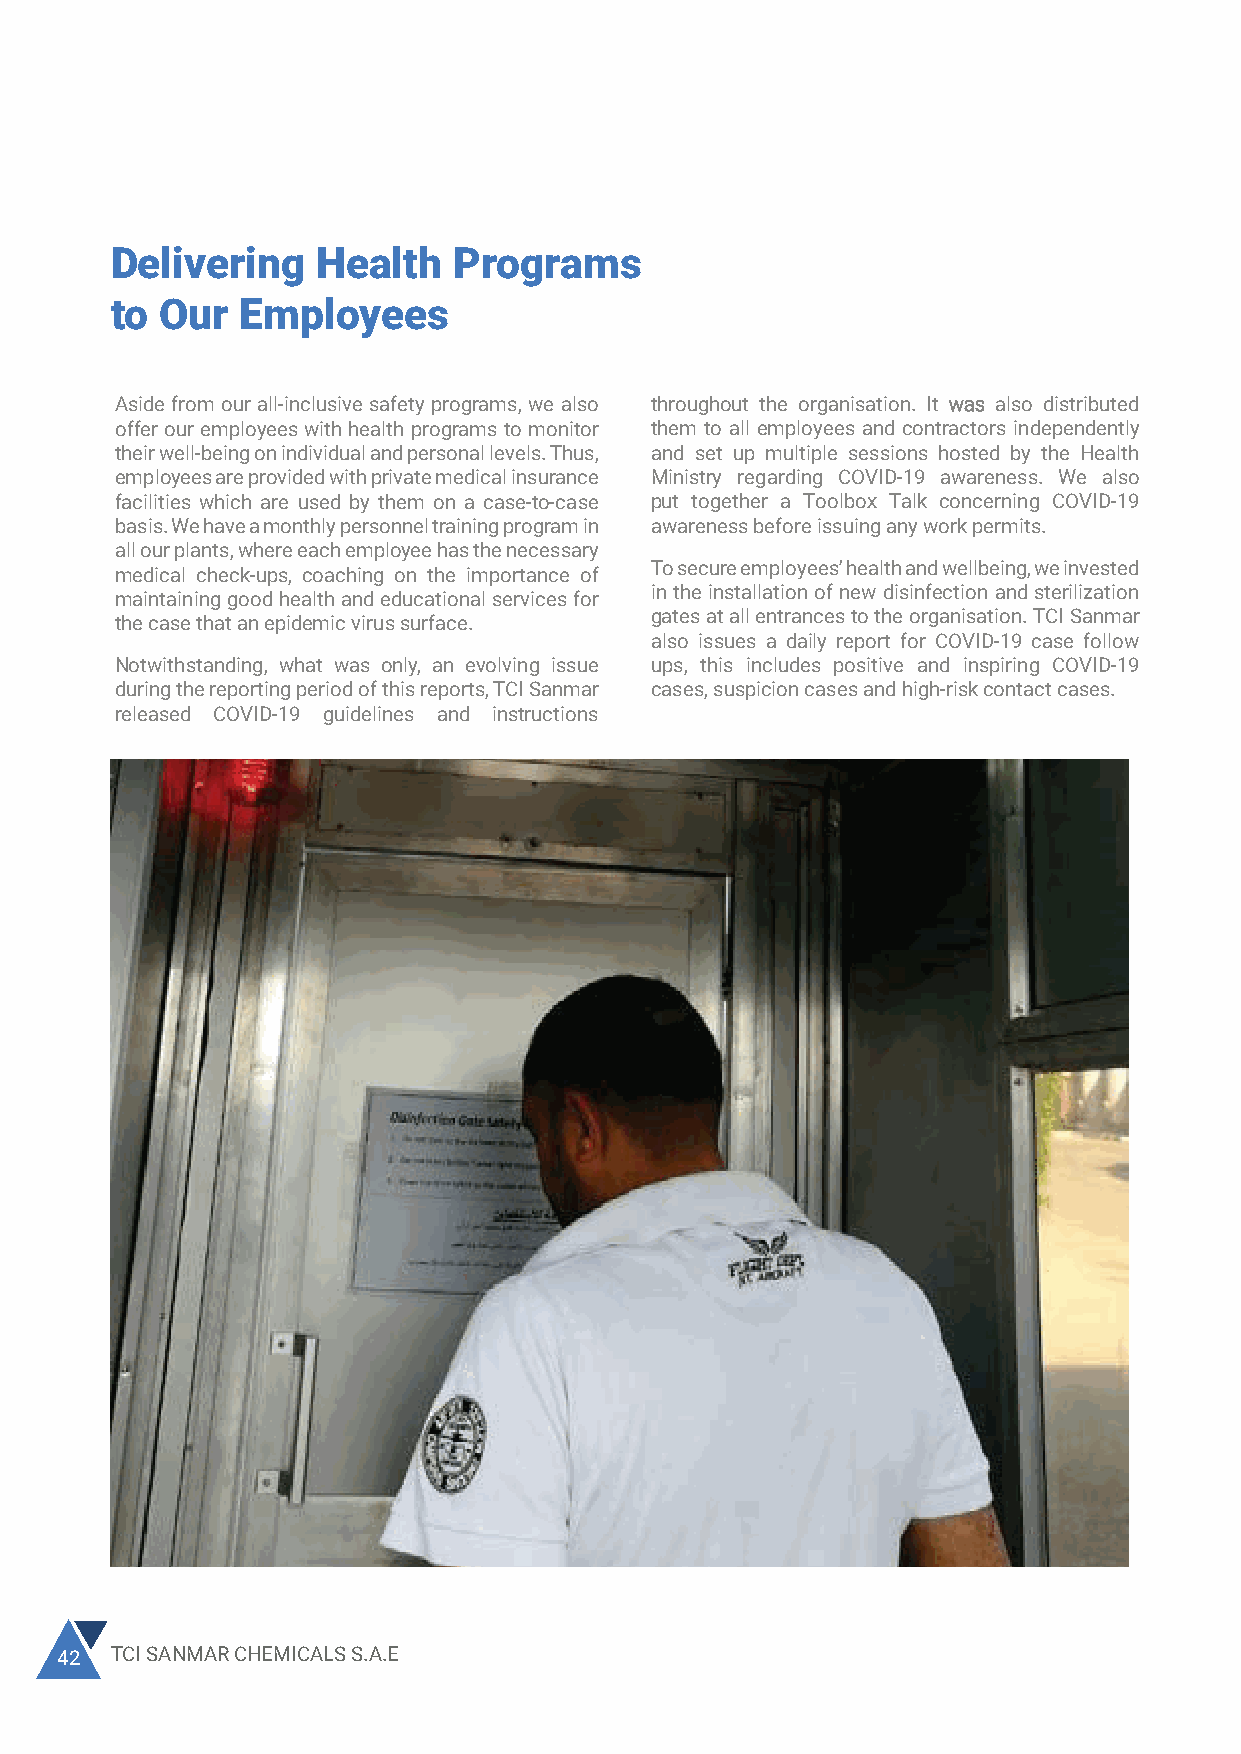
Delivering    Health   Programs                                                   In addition, we have conducted COVID-19 mock drills The organisation has taken measures to assert that
 at the VCM1 and PVC2 plants for further training and the employees are fully aware and knowledgeable
 to  Our  Employees                                                                have assigned one COVID-19 manager for every shift about the surfacing virus and fully extended all
 at every plant, in order to carefully monitor and audit all procedures to protect their people at all costs. TCI
 COVID-19 guideline and precautionary control within Sanmar is not solely fixated on the performance of
 their assigned area.               its operations and sales volumes, but it rather
 Aside from our all-inclusive safety programs, we also throughout the organisation. It was also distributed          prioritizes its moral and ethical duties, especially
 offer our employees with health programs to monitor them to all employees and contractors independently TCI Sanmar cares for and values its employees beyond towards its stakeholders and foremost its employees.
 their well-being on individual and personal levels. Thus, and set up multiple sessions hosted by the Health simply ensuring that they do not face any injuries and This is illustrated through its all-encompassing
 employees are provided with private medical insurance Ministry regarding COVID-19 awareness. We also are healthy enough to maintain a physically demanding COVID-19 protocol which was employed well before
 job.
 facilities which are used by them on a case-to-case put together a Toolbox Talk concerning COVID-19                 the first lock-down took place.
 basis. We have a monthly personnel training program in awareness before issuing any work permits.
 all our plants, where each employee has the necessary
 To secure employees’ health and wellbeing, we invested
 medical check-ups, coaching on the importance of
 in the installation of new disinfection and sterilization
 maintaining good health and educational services for
 gates at all entrances to the organisation. TCI Sanmar
 the case that an epidemic virus surface.
 also issues a daily report for COVID-19 case follow
 Notwithstanding, what was only, an evolving issue ups, this includes positive and inspiring COVID-19
 during the reporting period of this reports, TCI Sanmar cases, suspicion cases and high-risk contact cases.
 released COVID-19 guidelines and instructions
 When Corona virus epidemic started and when the 3-4 days and the incident triggered the highest level
 Government and the whole community was in a of awareness and emergency preparedness to the
 panic mode to prepare to safeguard people from company, the local government and the community at
 getting infected, we were unfortunate that our large.
 employee Mr. Asit Noutiyal, our Marketing Manager,
 was severely infected, could not fight the deadly virus
 By learning this very expensive lesson, the company
 and succumbed to it.
 immediately started to build the protection barriers for
 He was the first case of death reported in Port Said, the entire cross section of the population in Port Said
 though he was given the best treatment possible by industrial area, in addition to applying strict measures
 the medical authorities. It all happened in a flash of to control the spread of the disease, successfully.
 42 TCI SANMAR CHEMICALS S.A.E                                                                                                         2020 SUSTAINABILITY REPORT 43